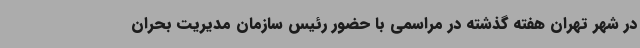
در شهر تهران هفته گذشته در مراسمی با حضور رئیس سازمان مدیریت بحران